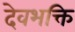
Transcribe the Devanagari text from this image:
देवभक्ति